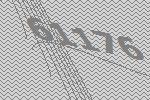
61176